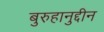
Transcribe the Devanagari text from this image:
बुरुहानुद्दीन